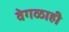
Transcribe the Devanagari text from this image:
वेगळाही